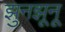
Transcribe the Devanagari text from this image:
झुनझूनू